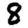
Digit: 8